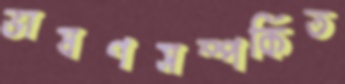
ভাষণসম্পর্কিত